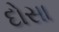
દોસા